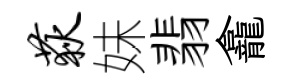
荻妹翡龕